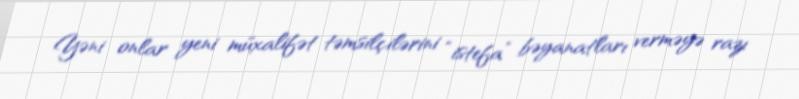
Yəni onlar yeni müxalifət təmsilçilərini “istefa” bəyanatları verməyə razı